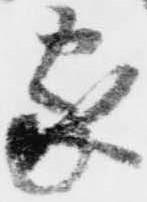
家